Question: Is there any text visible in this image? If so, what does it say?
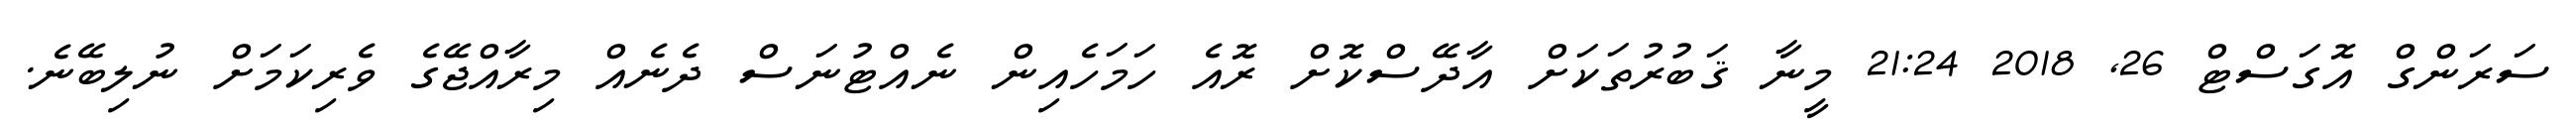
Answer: ސަރަންގް އޮގަސްޓް 26, 2018 21:24 މީނާ ޤަބުރުތަކަށް އާދޭސްކޮށް ރޮއެ ހަމަހެއިން ނެއްޓުނަސް ދެނެއް މިރާއްޖޭގެ ވެރިކަމަށް ނުލިބޭނެ.